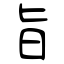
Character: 旨